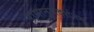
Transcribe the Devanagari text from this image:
रामानुजदर्शनम्